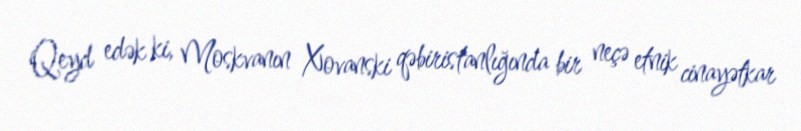
Qeyd edək ki, Moskvanın Xovanski qəbiristanlığında bir neçə etnik cinayətkar